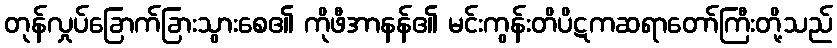
တုန်လှုပ်ခြောက်ခြားသွားစေ၏ ကိုဖီအာနန်၏ မင်းကွန်းတိပိဋကဆရာတော်ကြီးတို့သည်